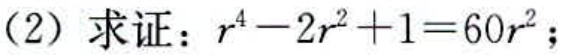
(2) 求证：\(r^{4}-2r^{2}+1 = 60r^{2}\)；